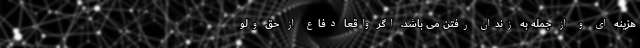
هزینه ای و از جمله به زندان رفتن می باشد. اگر واقعا دفاع از حق ولو